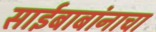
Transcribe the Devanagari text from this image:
साईबाबांनाचा